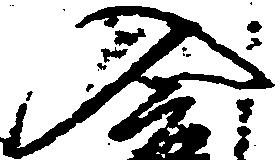
入